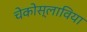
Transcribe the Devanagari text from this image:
चेकोस्लाविया